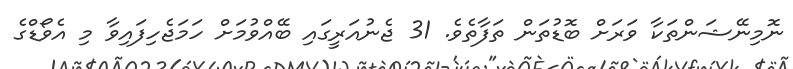
ނޮމިނޭޝަންތަކާ ވަރަށް ބޮޑުތަން ތަފާތެވެ. 31 ޖެނުއަރީގައި ބޭއްވުމަށް ހަމަޖެހިފައިވާ މި އެވޯޑްގެ